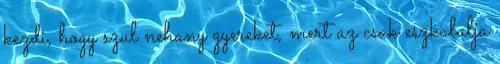
kezdi, hogy szul nehany gyereket, mert az csak eszkalalja